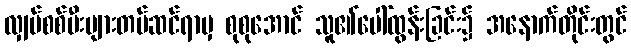
လျှပ်စစ်မီးများတပ်ဆင်ရာမှ စုစုအောင် သူ၏ပေါ်ထွန်းခြင်း၌ အနောက်တိုင်းတွင်